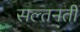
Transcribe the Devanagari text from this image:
सल्तनती